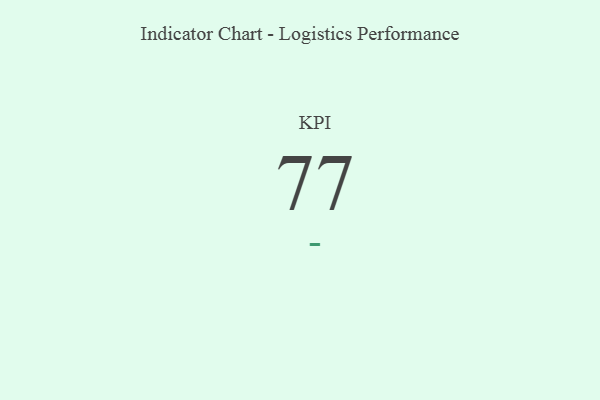
{"axis": {"x": "KPI", "y": "Value"}, "legend": [""], "data": [{"x": "KPI", "y": 77, "type": ""}]}